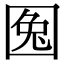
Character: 𡇹